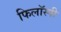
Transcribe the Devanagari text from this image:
फिलॉस्पी